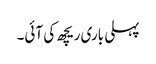
پہلی باری ریچھ کی آئی۔